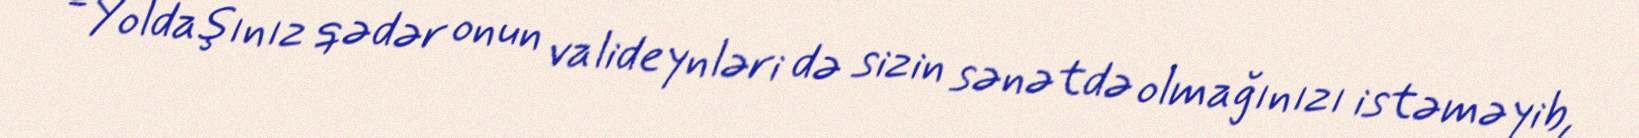
- Yoldaşınız qədər onun valideynləri də sizin sənətdə olmağınızı istəməyib,